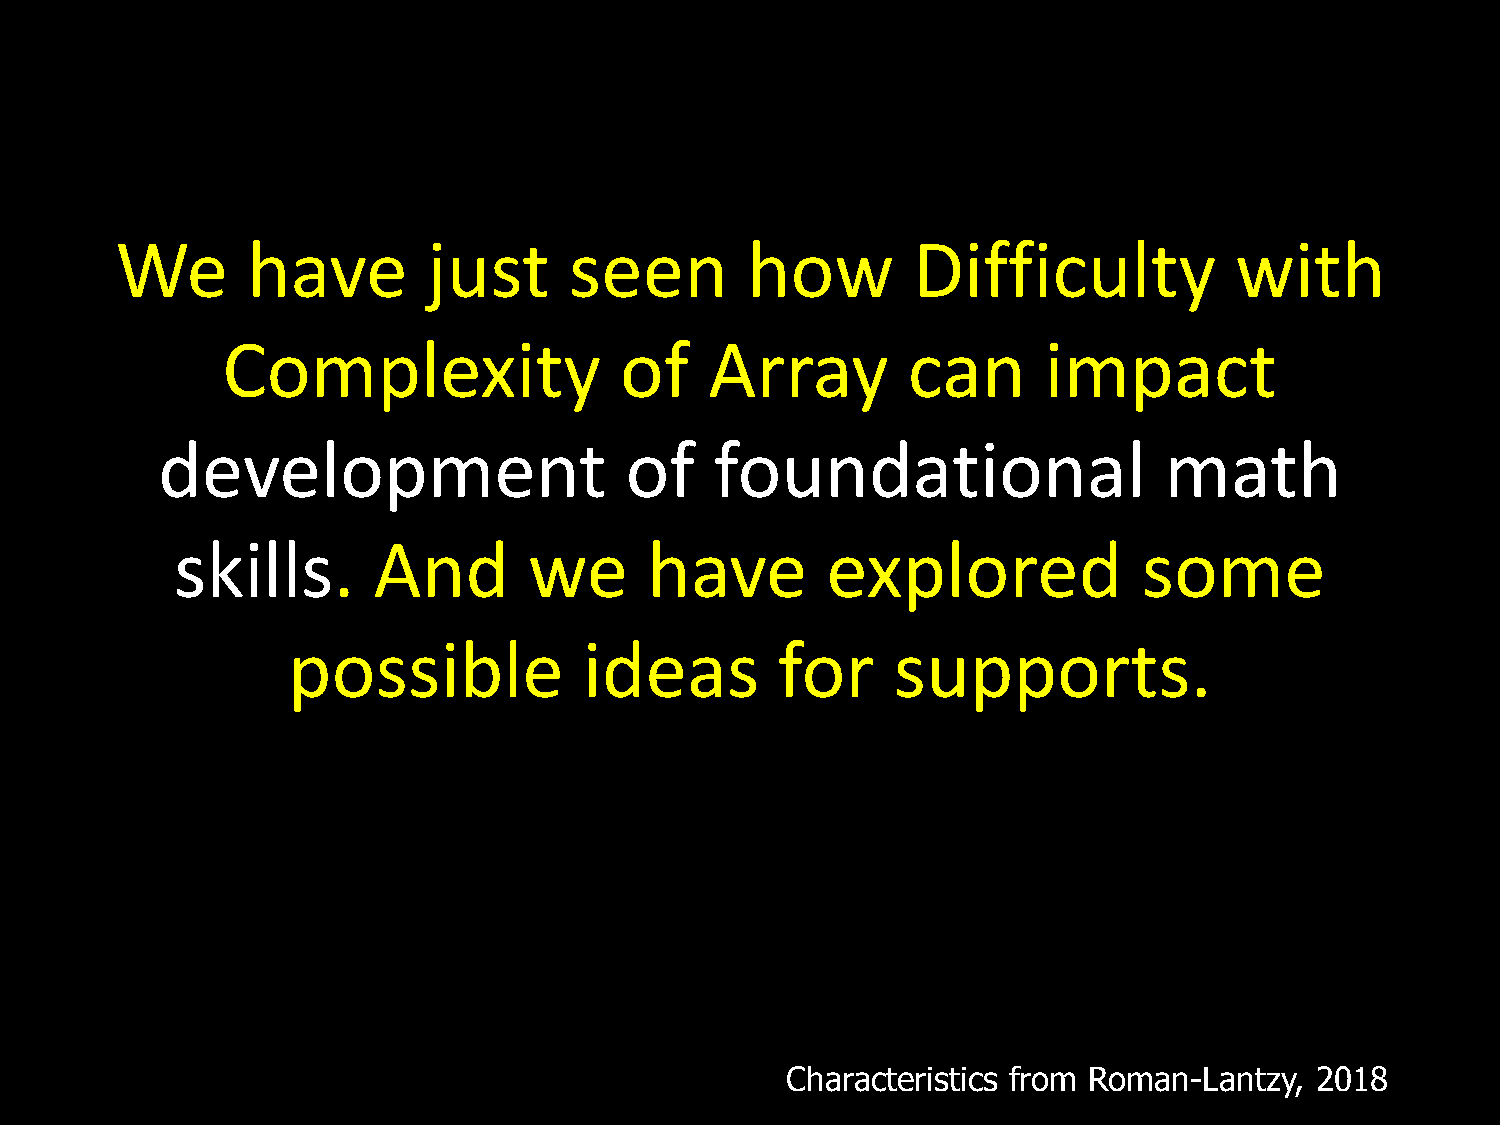
We      have        just      seen       how        Difficulty            with
 Complexity                of    Array        can      impact
 development                    of    foundational                  math
 skills.      And       we      have        explored             some
 possible            ideas        for    supports.
 Characteristics from Roman-Lantzy, 2018